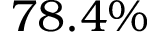
7 8 . 4 \%